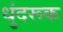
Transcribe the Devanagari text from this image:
धुंदरूक